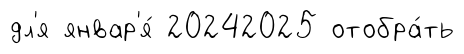
дл'я январ'я́ 20242025 отобра́ть